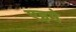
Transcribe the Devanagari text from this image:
एइमे